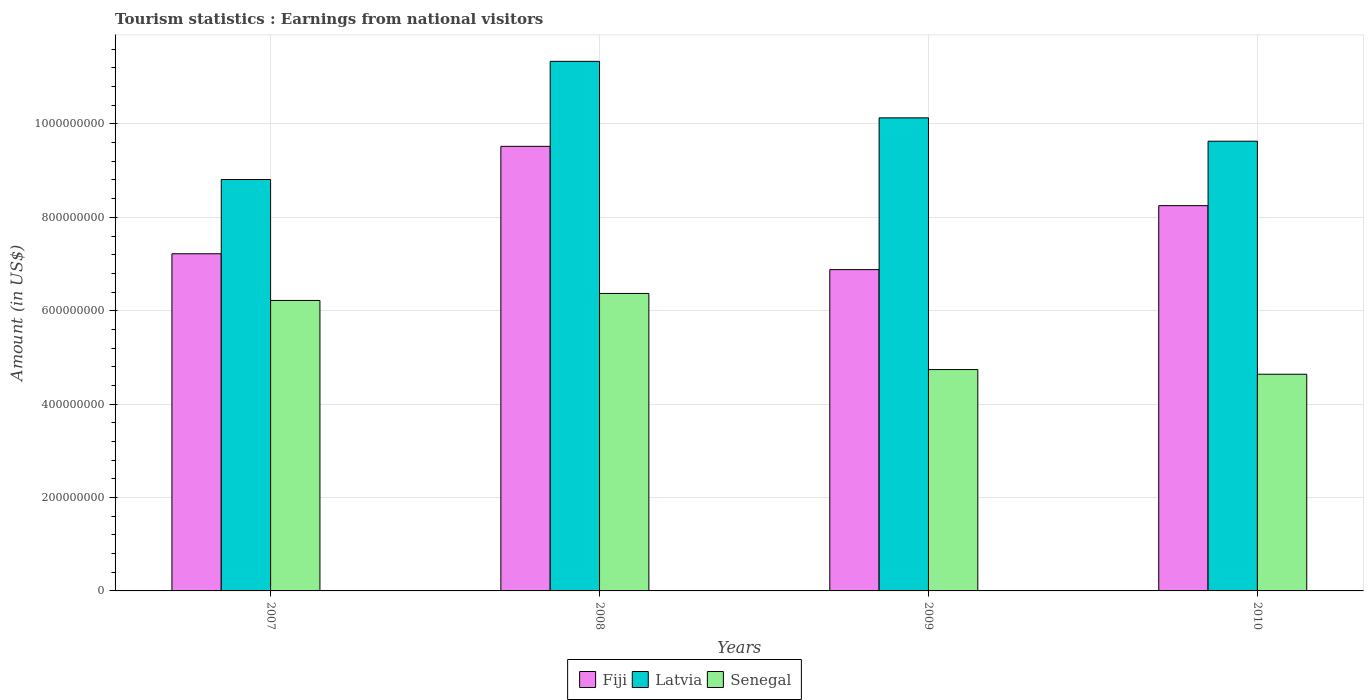
| Years | Fiji | Latvia | Senegal |
 | --- | --- | --- | --- |
 | 2007 | 7.22e+08 | 8.81e+08 | 6.22e+08 |
 | 2008 | 9.52e+08 | 1.13e+09 | 6.37e+08 |
 | 2009 | 6.88e+08 | 1.01e+09 | 4.74e+08 |
 | 2010 | 8.25e+08 | 9.63e+08 | 4.64e+08 |